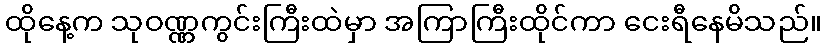
ထိုနေ့က သုဝဏ္ဏကွင်းကြီးထဲမှာ အကြာကြီးထိုင်ကာ ငေးရီနေမိသည်။